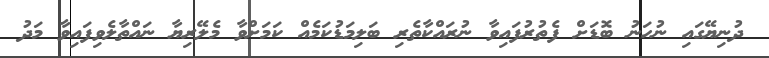
ދުނިޔޭގައި ނުހަނު ބޮޑަށް ފެތުރުފައިވާ ނުރައްކާތެރި ބަލިމަޑުކަމެއް ކަމަށްވާ މެލޭރިޔާ ނައްތާލެވިފައިވާ މަދު